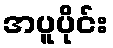
အပူပိုင်း